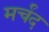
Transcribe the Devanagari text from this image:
मर्चंद